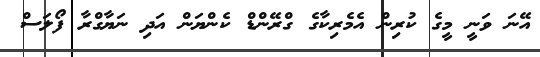
އޭނަ ވަނީ މީގެ ކުރިން އެމެރިކާގެ ގްރޭންޑް ކެންޔަން އަދި ނަޔާގްރާ ފޯލަސް